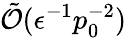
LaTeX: \tilde{\mathcal{O}}(\epsilon^{-1}p_{0}^{-2})